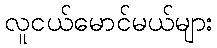
လူငယ်မောင်မယ်များ